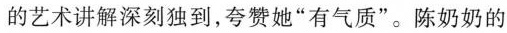
的艺术讲解深刻独到，夸赞她”有气质”。陈奶奶的